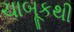
ચાબૂકથી